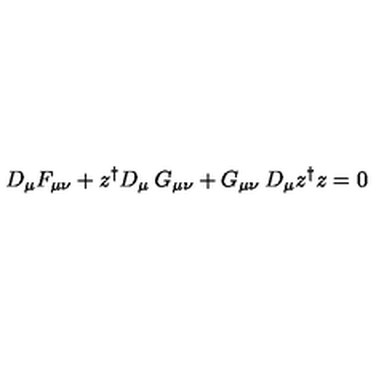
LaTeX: D _ { \mu } F _ { \mu \nu } + z ^ { \dagger } D _ { \mu } \: G _ { \mu \nu } + G _ { \mu \nu } \: D _ { \mu } z ^ { \dagger } z = 0